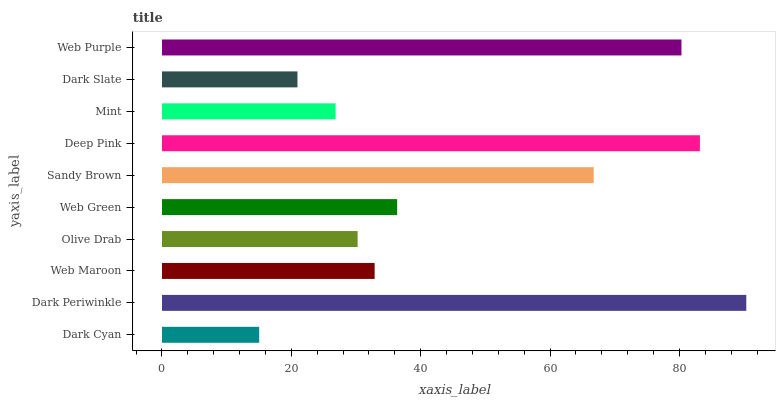
| yaxis_label | bars |
 | --- | --- |
 | Dark Cyan | 15 |
 | Dark Periwinkle | 90.3 |
 | Web Maroon | 32.9 |
 | Olive Drab | 30.2 |
 | Web Green | 36.4 |
 | Sandy Brown | 66.7 |
 | Deep Pink | 83.2 |
 | Mint | 26.8 |
 | Dark Slate | 20.9 |
 | Web Purple | 80.3 |